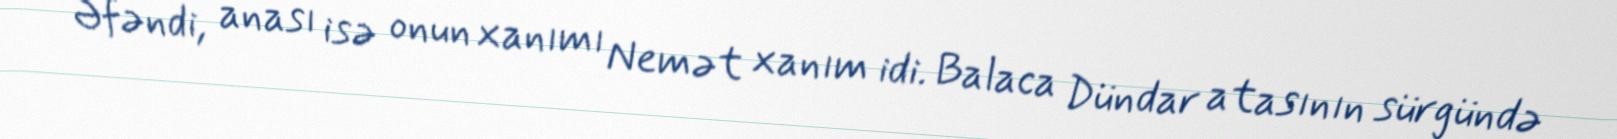
Əfəndi, anası isə onun xanımı Nemət xanım idi. Balaca Dündar atasının sürgündə